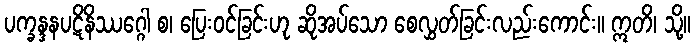
ပက္ခန္ဒနပဋိနိဿဂ္ဂေါ စ၊ ပြေးဝင်ခြင်းဟု ဆိုအပ်သော စေလွှတ်ခြင်းလည်းကောင်း။ ဣတိ၊ သို့။